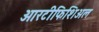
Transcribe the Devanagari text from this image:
आरटीफिशिअल